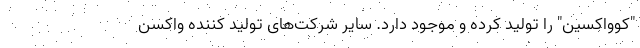
"کوواکسین" را تولید کرده و موجود دارد. سایر شرکت‌های تولید کننده واکسن